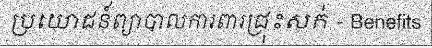
ប្រយោជន៍ព្យាបាលការពារជ្រុះសក់ - Benefits